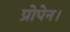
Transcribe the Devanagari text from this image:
प्रोपेन।